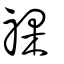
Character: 祼